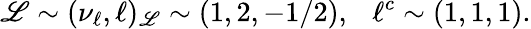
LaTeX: \mathscr{L}\sim(\nu_{\ell},\ell)_{\mathrm{{\mathscr{L}}}}\sim(1,2,-1/2),~~~\ell^{c}\sim(1,1,1).